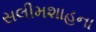
સલીમશાહના